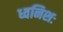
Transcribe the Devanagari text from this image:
ध्वनिशः